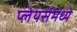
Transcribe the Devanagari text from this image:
प्लेयर्समध्ये